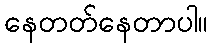
နေတတ်နေတာပါ။